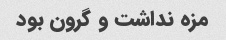
مزه نداشت و گرون بود